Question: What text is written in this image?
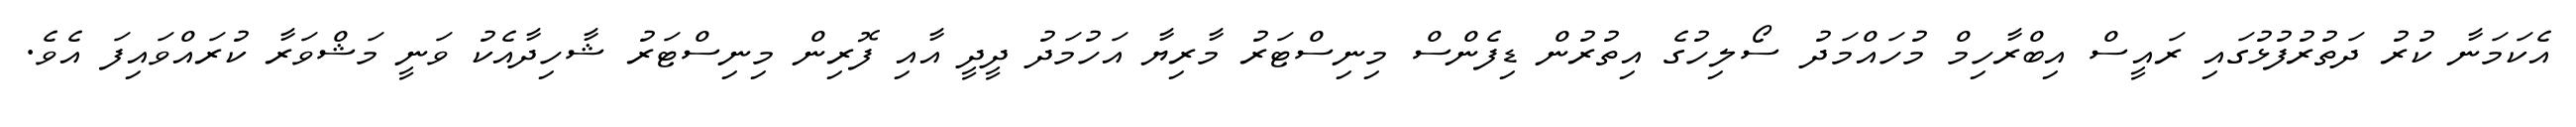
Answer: އެކަމަނާ ކުރު ދަތުރުފުޅުގައި ރައީސް އިބްރާހިމް މުހައްމަދު ސޯލިހުގެ އިތުރުން ޑިފެންސް މިނިސްޓަރު މާރިޔާ އަހުމަދު ދީދީ އާއި ފޮރިން މިނިސްޓަރު ޝާހިދާއެކު ވަނީ މަޝްވަރާ ކުރައްވައިފަ އެވެ.